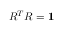
R ^ { T } R = { \bf 1 }